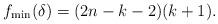
LaTeX: \begin{align*}f_{\min}(\delta) = (2n-k-2)(k+1).\end{align*}